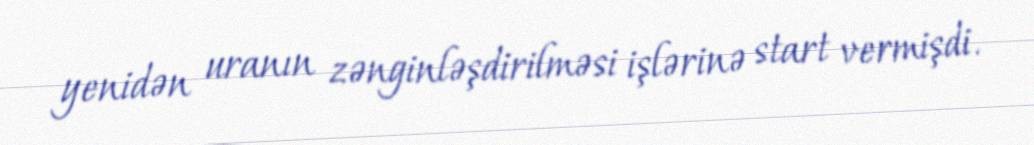
yenidən uranın zənginləşdirilməsi işlərinə start vermişdi.